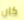
كان